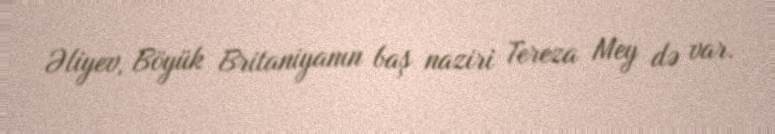
Əliyev, Böyük Britaniyanın baş naziri Tereza Mey də var.